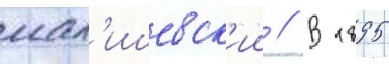
мал'ишевск'ии // В 1895